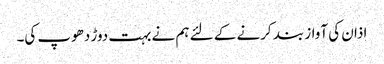
اذان کی آواز بند کرنے کے لئے ہم نے بہت دوڑ دھوپ کی۔